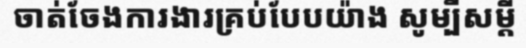
ចាត់ចែងការងារគ្រប់បែបយ៉ាង សូម្បីសម្តី